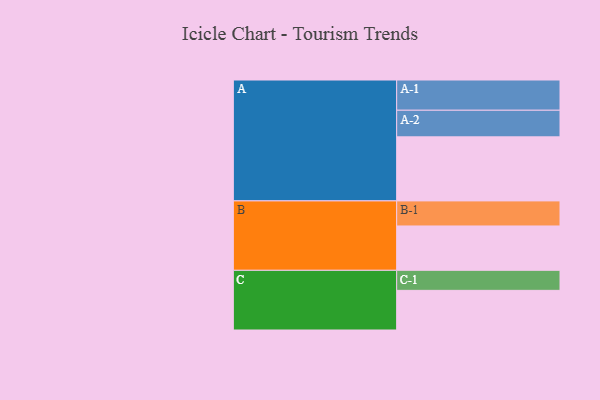
{"axis": {"x": "Segment", "y": "Value"}, "legend": ["", "A", "B", "C"], "data": [{"x": "A", "y": 585, "type": ""}, {"x": "B", "y": 405, "type": ""}, {"x": "C", "y": 362, "type": ""}, {"x": "A-1", "y": 276, "type": "A"}, {"x": "A-2", "y": 243, "type": "A"}, {"x": "B-1", "y": 229, "type": "B"}, {"x": "C-1", "y": 183, "type": "C"}]}